Report of the Indian Hemp Drugs Commission, 1894-1895 - Volume VI
Year: 1894
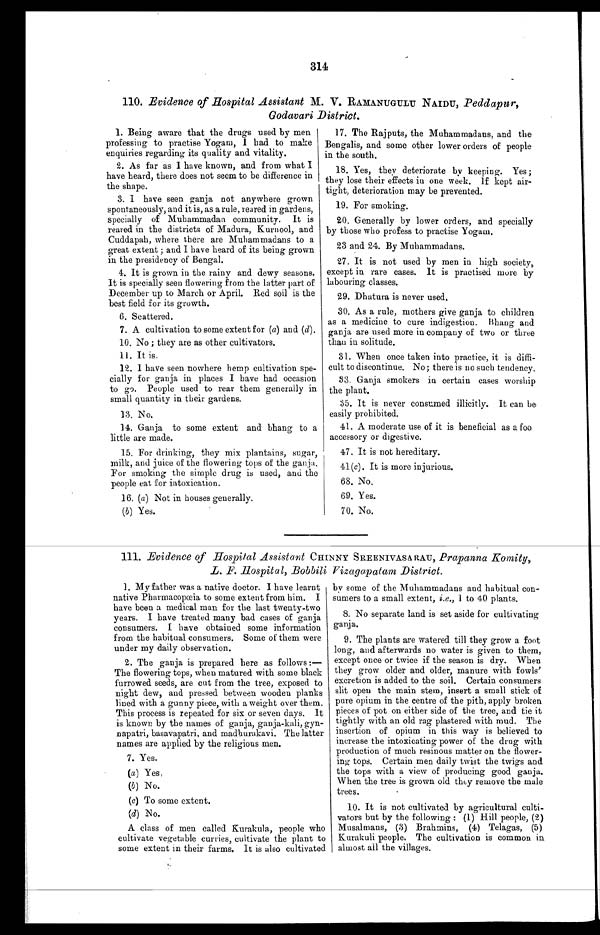
314
110. Evidence of Hospital Assistant M . V. RAMANUGULU NAIDU, Peddapur,
Godavari District.
1. Being aware that the drugs used by men
professing to practise Yogam, I had to make
enquiries regarding its quality and vitality.
2. As far as I have known, and from what I
have heard, there does not seem to be difference in
the shape.
3. I have seen ganja not anywhere grown
spontaneously, and it is, as a rule, reared in gardens,
specially of Muhammadan community. It is
reared in the districts of Madura, Kurnool, and
Cuddapah, where there are Muhammadans to a
great extent; and I have heard of its being grown
in the presidency of Bengal.
4. It is grown in the rainy and dewy seasons.
It is specially seen flowering from the latter part of
December up to March or April. Red soil is the
best field for its growth.
6 . S c a t t e r e d .
7 . A c u l t i v a t i o n t o s o m e e x t e n t f o r(
a )
a n d
( d ) .
10. No; they are as other cultivators.
11. It is.
12. I have seen nowhere hemp cultivation spe
- c i a l l y f o r g a n j a i n p l a c e s
I h a v e h a d o c c a s i o n
to go. People used to rear them generally in
small quantity in their gardens.
1 3 . N o .
14. Ganja to some extent and bhang to a
little are made.
15. For drinking, they mix plantains, sugar,
milk, and juice of the flowering tops of the ganja.
For smoking the simple drug is used, and the
people eat for intoxication.
16. (a) Not i n houses general l y.
(b) Yes.
17. The Rajputs, the Muhammadans, and the
Bengalis, and some other lower orders of people
in the south.
18. Yes, they deteriorate by keeping. Yes;
they lose their effects in one week. If kept air-
- t i g h t , d e t e r i o r a t i o n m a y b e p r e v e n t e d .
19. For smoking.
20. Generally by lower orders, and specially
by those who profess to practise Yogam.
23 and 24. By Muhammadans.
27. It is not used by men in high society,
except in rare cases. It is practised more by
labouring classes.
29. Dhatura is never used.
30. As a rule, mothers give ganja to children
as a medicine to cure indigestion. Bhang and
g a n j a a r e u s e d m o r e i n c o m p a n y o f t w o o r t h r e e
t h a n i n s o l i t u d e .
31. When once taken into practice, it is diffi
- c u l t t o d i s c o n t i n u e . N o ; t h e r e i s n o s u c h t e n d e n c y .
33. Ganja smokers in certain cases worship
the plant.
35. It is never consumed illicitly. It can be
easily prohibited.
41. A moderate use of it is beneficial as a foo
accessory or digestive.
47. It is not hereditary.
41( c). It is more injurious.
6 8 . N o .
69. Yes.
70. No.
111. Evidence of Hospital Assistant CHINNY SREENIVASA RAU, Prapanna Komity,
L. F. Hospital, Bobbili Vizagapatam District.
1. My father was a native doctor. I have learnt
native Pharmacopœia to some extent from him. I
have been a medical man for the last twenty-two
years. I have treated many bad cases of ganja
consumers. I have obtained some information
from the habitual consumers. Some of them were
under my daily observation.
2. The ganja is prepared here as follows :–
The flowering tops, when matured with some black
furrowed seeds, are cut from the tree, exposed to
night dew, and pressed between wooden planks
lined with a gunny piece, with a weight over them.
This process is repeated for six or seven days. It
is known by the names of ganja, ganja-kali, gyn-
- n a p a t r i , b a s a v a p a t r i , a n d m a d h u r a k a v i . T h e l a t t e r
names are applied by the religious men.
7. Yes.
(a) Yes.
(b) No.
(c) To some extent.
(d) N o.
A class of men called Kurakula, people who
cultivate vegetable curries, cultivate the plant to
some extent in their farms. It is also cultivated
by some of the Muhammadans and habitual con-
sumers to a small extent, i.e., 1 to 40 plants.
8. No separate land is set aside for cultivating
ganja.
9. The plants are watered till they grow a foot
long, and afterwards no water is given to them,
except once or twice if the season is dry. When
they grow older and older, manure with fowls'
excretion is added to the soil. Certain consumers
slit open the main stem, insert a small stick of
pure opium in the centre of the pith, apply broken
pieces of pot on either side of the tree, and tie it
tightly with an old rag plastered with mud. The
insertion of opium in this way is believed to
increase the intoxicating power of the drug with
production of much resinous matter on the flower-
ing tops. Certain men daily twist the twigs and
the tops with a view of producing good ganja.
When the tree is grown old they remove the male
trees.
10. It is not cultivated by agricultural culti
- v a t o r s b u t b y t h e f o l l o w i n g :(
1 )
H i l l p e o p l e ,
( 2 )
Musalmans, (3) Brahmins, (4) Telagas, (5)
Kurakuli people, The cultivation is common in
almost all the villages.